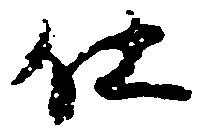
仕